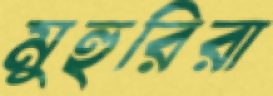
মুহুরিরা